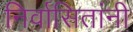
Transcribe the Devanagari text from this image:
निर्वासितांनी